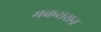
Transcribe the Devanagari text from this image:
मकरासन